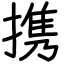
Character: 携